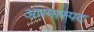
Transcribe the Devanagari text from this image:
अपमास्पद